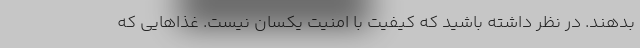
بدهند. در نظر داشته باشید که کیفیت با امنیت یکسان نیست. غذاهایی که